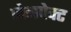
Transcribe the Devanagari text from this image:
जेनपेक्ट